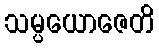
သမ္ပယောဇေတိ